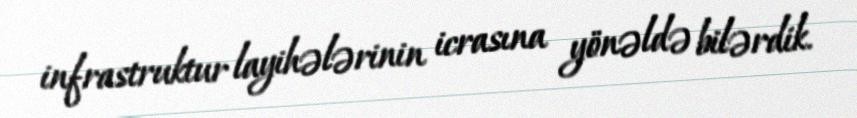
infrastruktur layihələrinin icrasına yönəldə bilərdik.